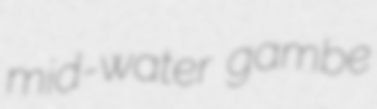
mid-water gambe